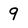
Character: 9